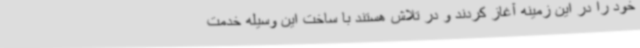
خود را در این زمینه آغاز کردند و در تلاش هستند با ساخت این وسیله خدمت